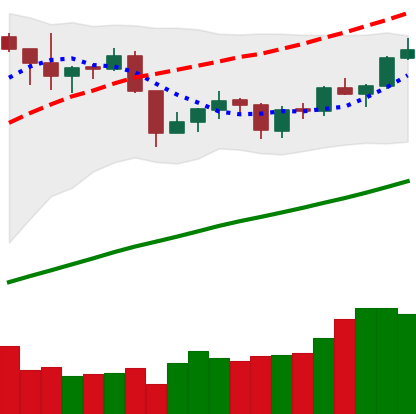
Ticker: XMR-USD
Chart end date: 2019-06-16
Forward return: 13.948%
Label: up_7plus